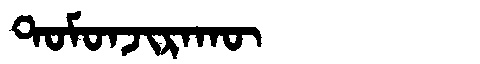
Manchu: ᡨᠣᠮᠣᠨᠵᡳᡵᠠᡴᡡ
Romanization: TOMONJIRAKŪ